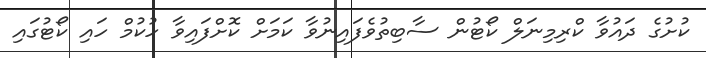
ކުށުގެ ދައުވާ ކްރިމިނަލް ކޯޓުން ސާބިތުވެފައިނުވާ ކަމަށް ކޮށްފައިވާ ހުކުމް ހައި ކޯޓުގައި